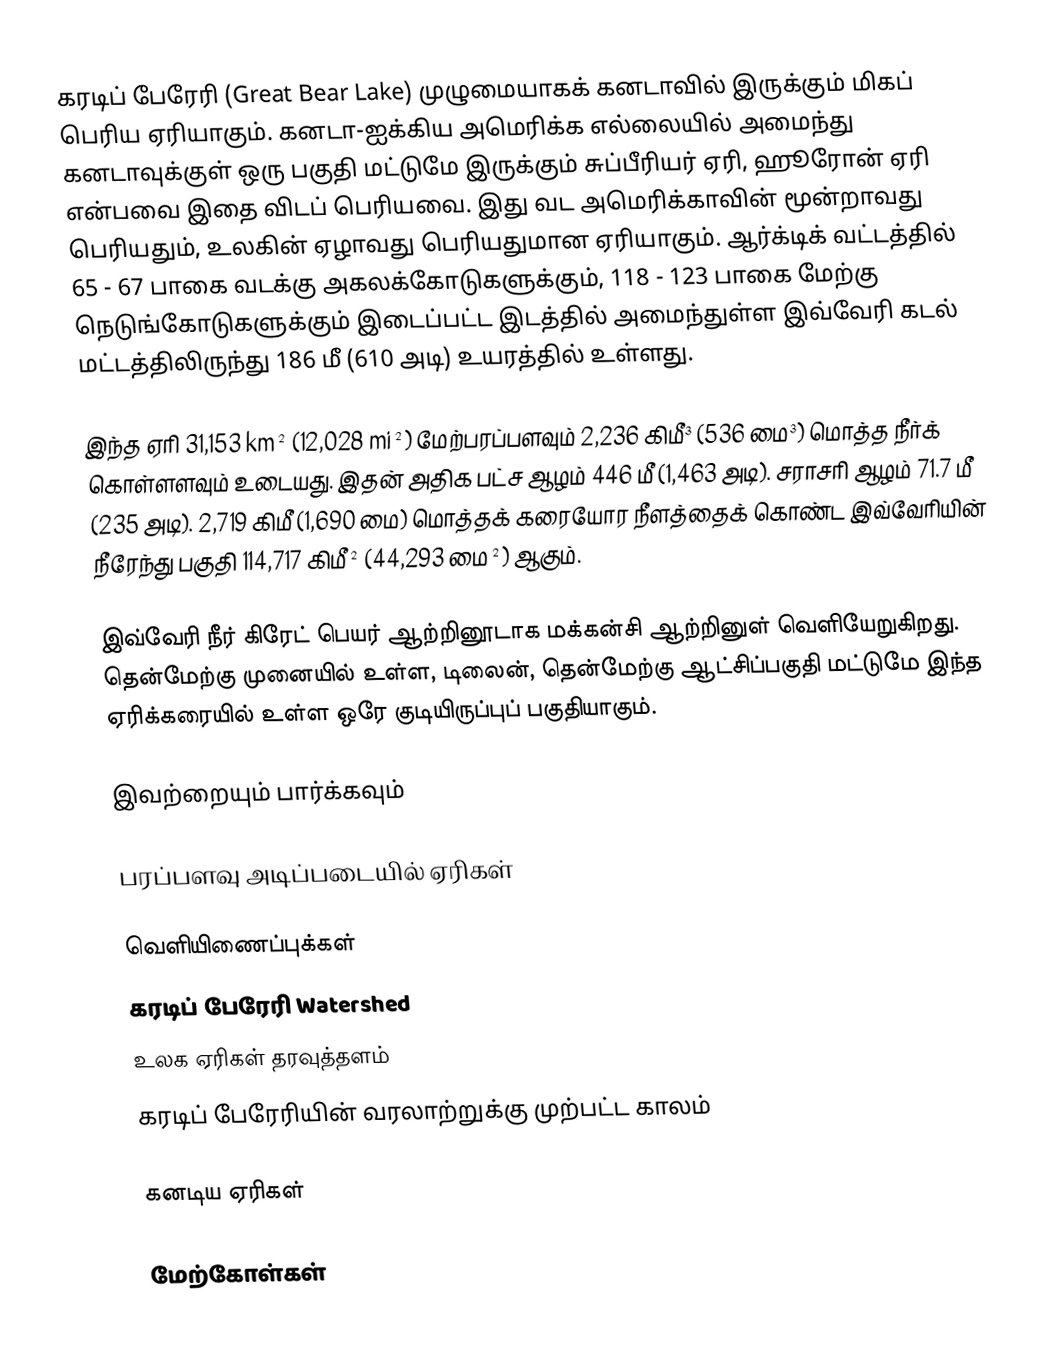
கரடிப் பேரேரி (Great Bear Lake) முழுமையாகக் கனடாவில் இருக்கும் மிகப் பெரிய ஏரியாகும். கனடா-ஐக்கிய அமெரிக்க எல்லையில் அமைந்து கனடாவுக்குள் ஒரு பகுதி மட்டுமே இருக்கும் சுப்பீரியர் ஏரி, ஹூரோன் ஏரி என்பவை இதை விடப் பெரியவை. இது வட அமெரிக்காவின் மூன்றாவது பெரியதும், உலகின் ஏழாவது பெரியதுமான ஏரியாகும். ஆர்க்டிக் வட்டத்தில் 65 - 67 பாகை வடக்கு அகலக்கோடுகளுக்கும், 118 - 123 பாகை மேற்கு நெடுங்கோடுகளுக்கும் இடைப்பட்ட இடத்தில் அமைந்துள்ள இவ்வேரி கடல் மட்டத்திலிருந்து 186 மீ (610 அடி) உயரத்தில் உள்ளது.

இந்த ஏரி 31,153 km² (12,028 mi²) மேற்பரப்பளவும் 2,236 கிமீ³ (536 மை³) மொத்த நீர்க் கொள்ளளவும் உடையது. இதன் அதிக பட்ச ஆழம் 446 மீ (1,463 அடி). சராசரி ஆழம் 71.7 மீ (235 அடி). 2,719 கிமீ (1,690 மை) மொத்தக் கரையோர நீளத்தைக் கொண்ட இவ்வேரியின் நீரேந்து பகுதி 114,717 கிமீ² (44,293 மை²) ஆகும்.

இவ்வேரி நீர் கிரேட் பெயர் ஆற்றினூடாக மக்கன்சி ஆற்றினுள் வெளியேறுகிறது. தென்மேற்கு முனையில் உள்ள, டிலைன், தென்மேற்கு ஆட்சிப்பகுதி மட்டுமே இந்த ஏரிக்கரையில் உள்ள ஒரே குடியிருப்புப் பகுதியாகும்.

இவற்றையும் பார்க்கவும்

 பரப்பளவு அடிப்படையில் ஏரிகள்

வெளியிணைப்புக்கள்
 கரடிப் பேரேரி Watershed
 உலக ஏரிகள் தரவுத்தளம்
 கரடிப் பேரேரியின் வரலாற்றுக்கு முற்பட்ட காலம்

கனடிய ஏரிகள்

மேற்கோள்கள்